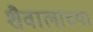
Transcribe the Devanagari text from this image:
शैवालाच्या